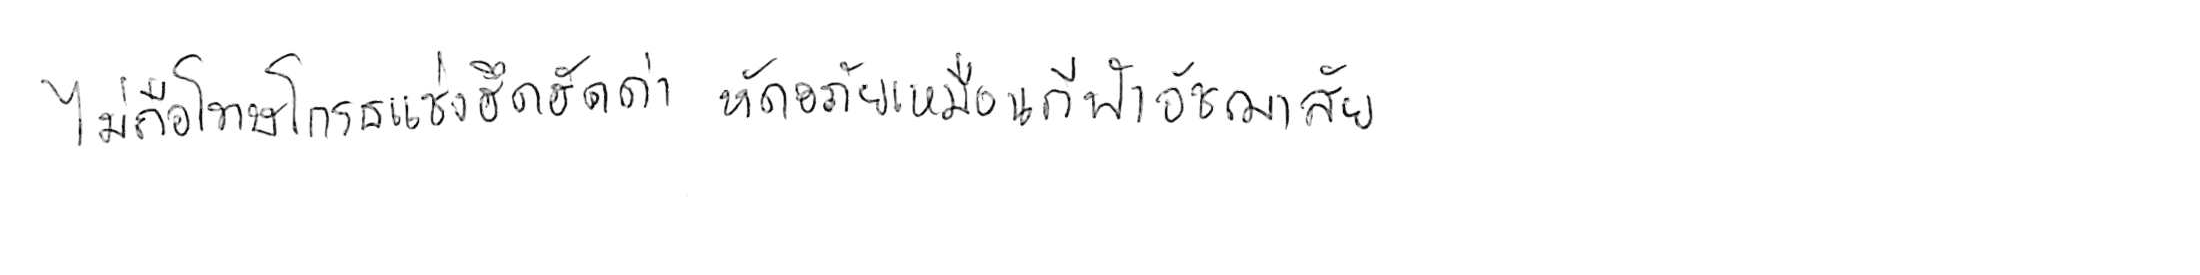
ไม่ถือโทษโกรธแช่งซัดฮึดฮัดด่า หัดอภัยเหมือนกีฬาอัชฌาสัย